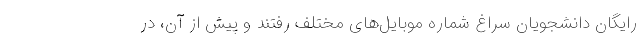
رایگان دانشجویان سراغ شماره موبایل‌های مختلف رفتند و پیش از آن، در